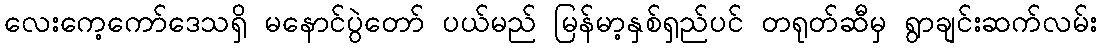
လေးကေ့ကော်ဒေသရှိ မနောင်ပွဲတော် ပယ်မည် မြန်မာ့နှစ်ရှည်ပင် တရုတ်ဆီမှ ရွာချင်းဆက်လမ်း